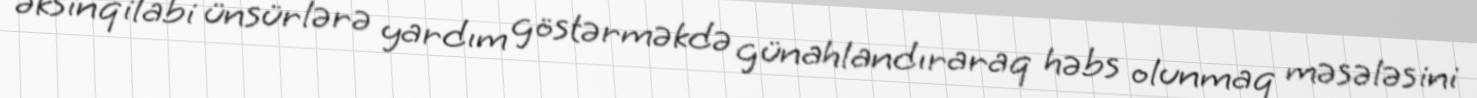
əksinqilabi ünsürlərə yardım göstərməkdə günahlandıraraq həbs olunmaq məsələsini